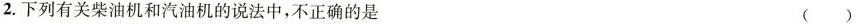
2.下列有关柴油机和汽油机的说法中，不正确的是 ( )